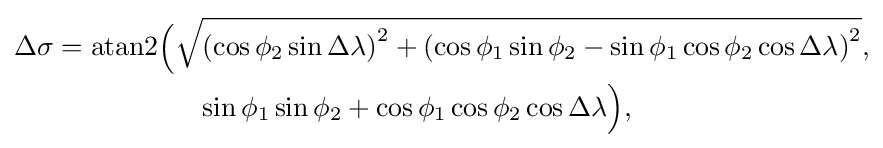
{\begin{aligned}\Delta \sigma ={\operatorname {atan2} }{\Bigl (}&{\sqrt {\left(\cos \phi _{2}\sin \Delta \lambda \right)^{2}+\left(\cos \phi _{1}\sin \phi _{2}-\sin \phi _{1}\cos \phi _{2}\cos \Delta \lambda \right)^{2}}},\\&\quad {\sin \phi _{1}\sin \phi _{2}+\cos \phi _{1}\cos \phi _{2}\cos \Delta \lambda }{\Bigr )},\end{aligned}}